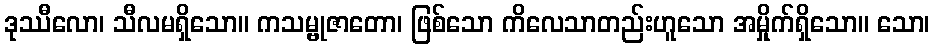
ဒုဿီလော၊ သီလမရှိသော။ ကသမ္ဗုဇာတော၊ ဖြစ်သော ကိလေသာတည်းဟူသော အမှိုက်ရှိသော။ သော၊